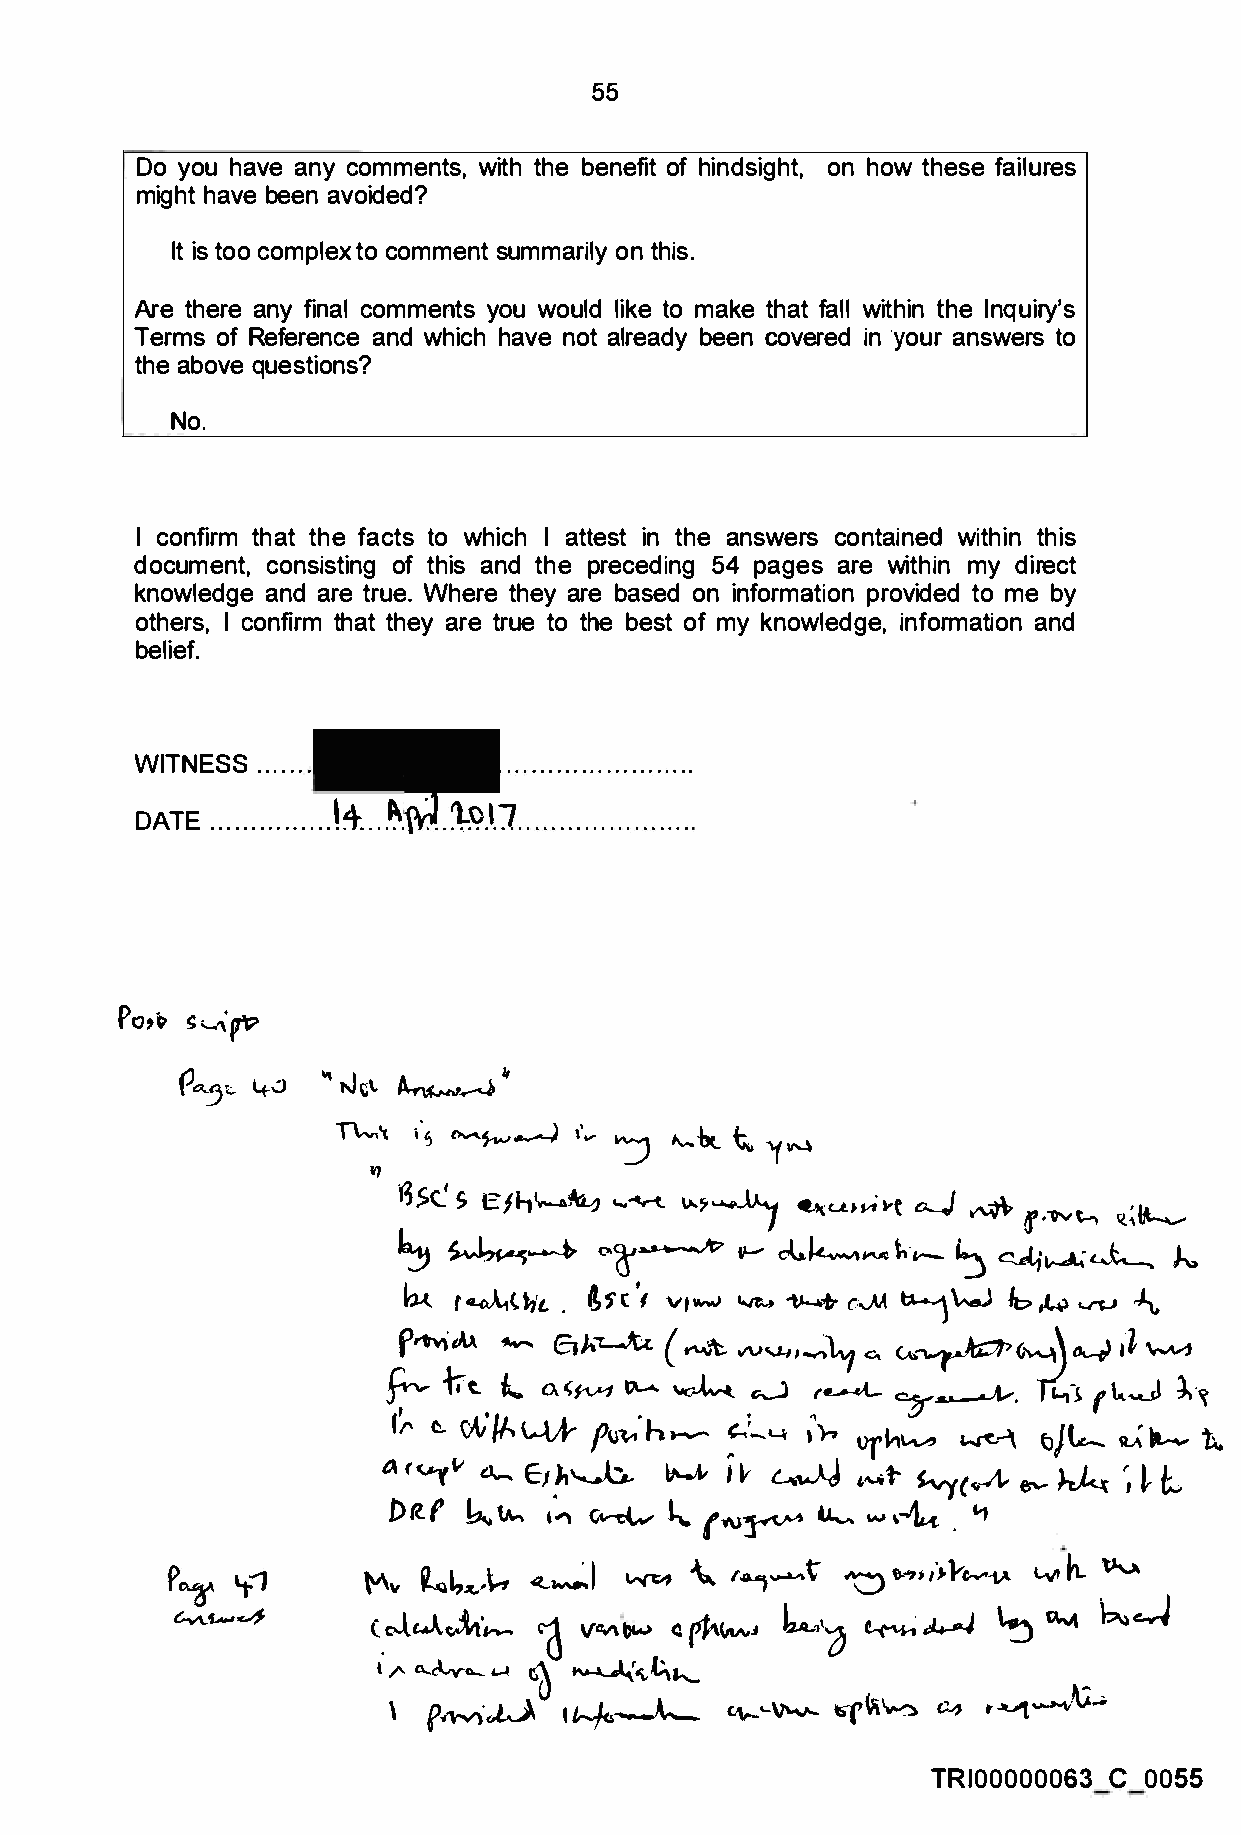
55
 Do you have any comments, with the benefit of hindsight, on how these failures
 might have been avoided?
 It is too complex to comment summarily on this.
 Are there any final comments you would like to make that fall within the Inquiry's
 Terms of Reference and which have not already been covered in your answers to
 the above questions?
 No.
 I confirm that the facts to which I attest in the answers contained within this
 document, consisting of this and the preceding 54 pages are within my direct
 knowledge and are true. Where they are based on information provided to me by
 others, I confirm that they are true to the best of my knowledge, information and
 belief.
 WITNESS ...... .
 1.4�. ..   .
 DATE ...............
 Pot��  '-"·
 fP
 rt.�
 ,,
 40  "' tJ�t� �
 T\,,.,,\ i.Sc -.�.-..) ,•�" " 11....-bt_ t, '(11'4
 .,
 �SC..' ESJ 'l,v--�, �� "'"��      o......J �
 I�  u• .,i i-t   f      'LI
 ,"Q'vt--, {l"�
 �    ��    (.'\�� �      ��-     t,·v--� ���        h,
 bA.. t�t·t-,,t.i' c1v ,� � �+ c...M� \-.eJ lt;;. � � �
 fl'h\             (
 k  ....... €Jh"T..-JCt "'-"'t vV<...LJ,�_; �u. � G�\ 4 i�° l
 a�·
 �  f..t.
 n.-s
 l. 0i,;� �  "�  .�   :....-..{...      fk-Ji  t·
 or\.,v,"'
 IA                                  tJJ
 Ir � v\, \....lk fi.:,hvi ..._..� ....· l..J"'C.-\ le- �Lt.-- t.
 4  \ )-,
 �
 <vr"' a- E�,�    �    ,i,, �  "�S-vytt -A� e- � �  �  /;...
 k.�'     ""    �            ,-'k,
 !)R.f             1- ('N�     �...... '1
 �
 I      �'  "'4 �t"0 ,>.�;,-,e-Y� Lvl h. 'tav.
 \"\v �L,�-�� ,_:
 c\
 <.,o-l.,-..<.lt 1v.,,
 l,.._,,.........;0 � �
 i:,..
 ...,.J""'
 i.., �•,
 l ./'a.... c:\.,y-o...... � � �'i, .t;"-
 - .
 �Vi\--:) �
 \f   ./tV)·tl.J       c ,...:,--�      t-"J( �··/\;·. �...
 I� -.A-._
 TRI00000063 C 0055